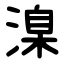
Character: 㴪